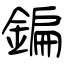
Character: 鍽